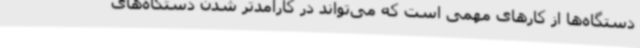
دستگاه‌ها از کارهای مهمی است که می‌تواند در کارآمدتر شدن دستگاه‌های